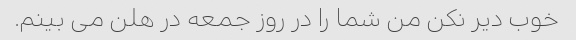
خوب دیر نکن من شما را در روز جمعه در هلن می بینم.